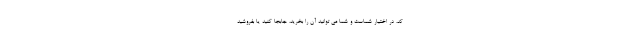
کد، در اختیار شماست و شما می توانید آن را بخرید، جابجا کنید یا بفروشید